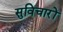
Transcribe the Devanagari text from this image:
सुविचारों